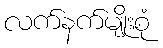
လက်နက်မျိုးစုံ